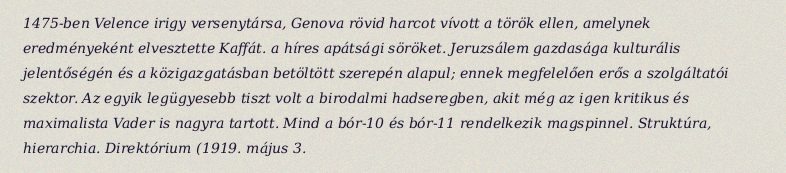
1475-ben Velence irigy versenytársa, Genova rövid harcot vívott a török ellen, amelynek eredményeként elvesztette Kaffát. a híres apátsági söröket. Jeruzsálem gazdasága kulturális jelentőségén és a közigazgatásban betöltött szerepén alapul; ennek megfelelően erős a szolgáltatói szektor. Az egyik legügyesebb tiszt volt a birodalmi hadseregben, akit még az igen kritikus és maximalista Vader is nagyra tartott. Mind a bór-10 és bór-11 rendelkezik magspinnel. Struktúra, hierarchia. Direktórium (1919. május 3.